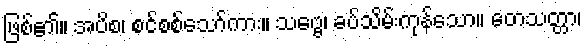
ဖြစ်၏။ အပိစ၊ စင်စစ်သော်ကား။ သဗ္ဗေ၊ ခပ်သိမ်းကုန်သော။ တေသတ္တာ၊